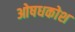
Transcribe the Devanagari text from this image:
ओषधकोश